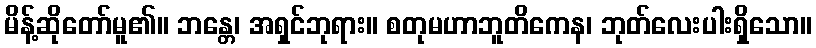
မိန့်ဆိုတော်မူ၏။ ဘန္တေ၊ အရှင်ဘုရား။ စတုမဟာဘူတိကေန၊ ဘုတ်လေးပါးရှိသော။